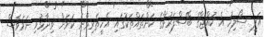
އަލީ ސޯލިހު އެ ކުއްޖާގެ ބޭސްފަރުވާގެ ކަންތައްތަކުގައި އެހީތެރިވާނެ ކަމަށް ވިދާޅުވި ނަމަވެސް